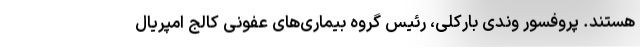
هستند. پروفسور وندی بارکلی، رئیس گروه بیماری‌های عفونی کالج امپریال